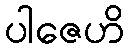
ပါဇေဟိ